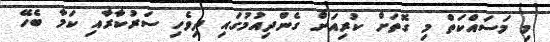
މި މަސައްކަތް މި ގޮތަށް ކުރިއަށް ގެންދިއުމުގައި ދިވެހި ސަރުކާރާއި ކަމާ ބެހޭ